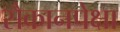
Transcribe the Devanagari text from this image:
सैकानपेक्षा